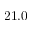
2 1 . 0